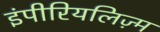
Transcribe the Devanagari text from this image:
इंपीरियलिज़्म